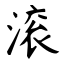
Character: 滚